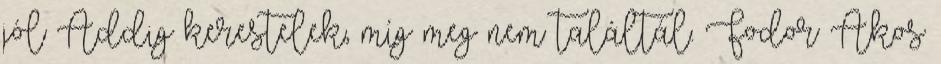
jól Addig kerestelek, míg meg nem találtál. Fodor Ákos